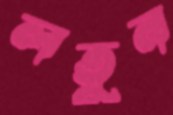
লতুন